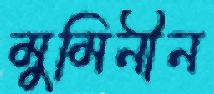
মুমিনীন